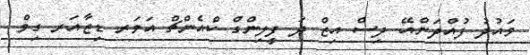
ވައުދު ފުއްދަންއޭ. ދިސް އިޒް ދަ ފީލިންގް ކްއެންޗް އަވަރ ޑިޒާއަރ ގިވް